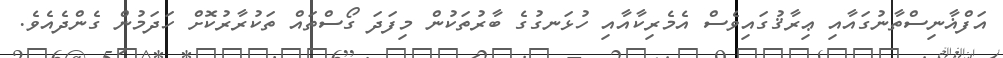
އަފްޣާނިސްތާނުގައާއި ޢިރާޤުގައިވެސް އެމެރިކާއާއި ހުޅަނގުގެ ބާރުތަކުން މިފަދަ ގޯސްތައް ތަކުރާރުކޮށް ހަދަމުން ގެންދެއެވެ.